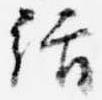
絬